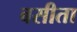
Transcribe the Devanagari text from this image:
बसीता